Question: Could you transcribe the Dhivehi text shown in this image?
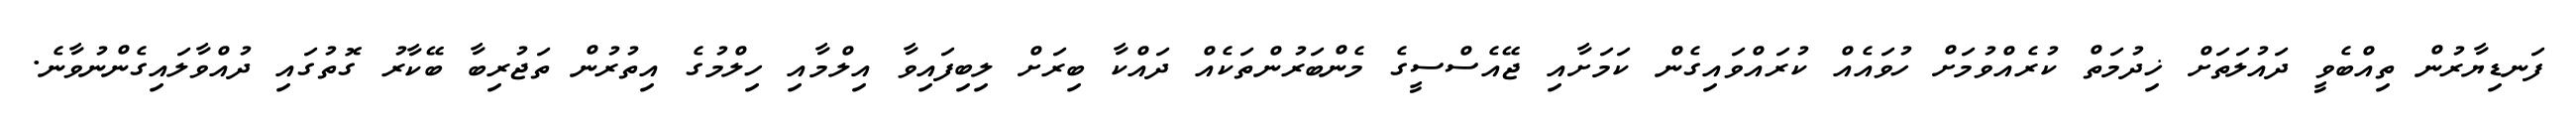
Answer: ފަނޑިޔާރުން ތިއްބެވީ ދައުލަތަށް ޚިދުމަތް ކުރެއްވުމަށް ހުވައެއް ކުރައްވައިގެން ކަމަށާއި ޖޭއެސްސީގެ މެންބަރުންތަކެއް ދައްކާ ބިރަށް ލިބިފައިވާ އިލްމާއި ހިލްމުގެ އިތުރުން ތަޖުރިބާ ބޭކާރު ގޮތުގައި ދުއްވާލައިގެންނުވާނެ.